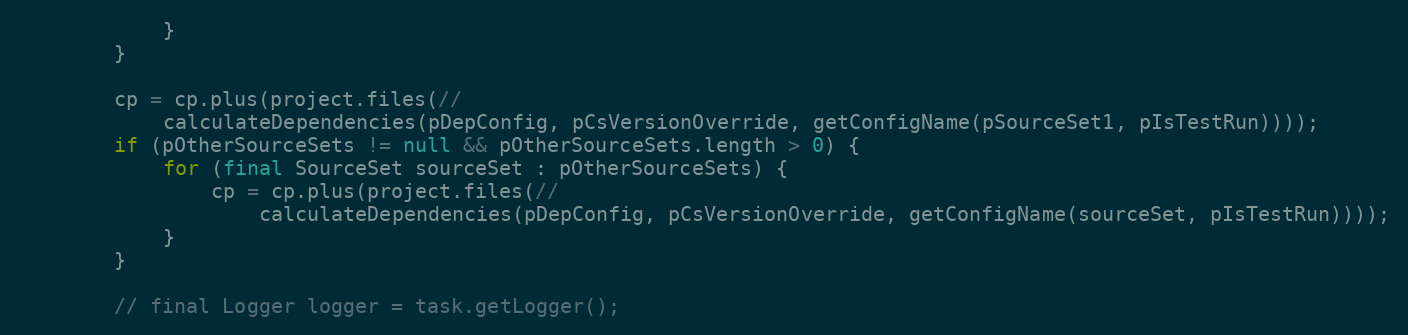
Language: Java
            }
        }

        cp = cp.plus(project.files(//
            calculateDependencies(pDepConfig, pCsVersionOverride, getConfigName(pSourceSet1, pIsTestRun))));
        if (pOtherSourceSets != null && pOtherSourceSets.length > 0) {
            for (final SourceSet sourceSet : pOtherSourceSets) {
                cp = cp.plus(project.files(//
                    calculateDependencies(pDepConfig, pCsVersionOverride, getConfigName(sourceSet, pIsTestRun))));
            }
        }

        // final Logger logger = task.getLogger();